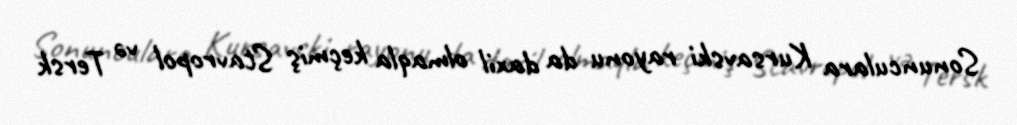
Sonunculara Kursavski rayonu da daxil olmaqla keçmiş Stavropol və Tersk